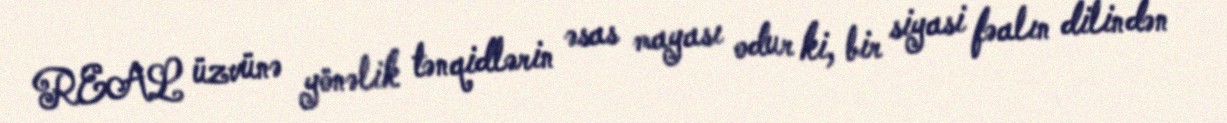
REAL üzvünə yönəlik tənqidlərin əsas mayası odur ki, bir siyasi fəalın dilindən